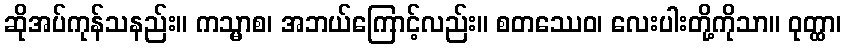
ဆိုအပ်ကုန်သနည်း။ ကသ္မာစ၊ အဘယ်ကြောင့်လည်း။ စတဿေဝ၊ လေးပါးတို့ကိုသာ။ ဝုတ္ထာ၊